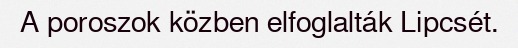
A poroszok közben elfoglalták Lipcsét.